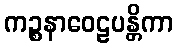
ကဉ္စနာဝေဠပန္တိကာ